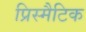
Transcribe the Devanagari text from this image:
प्रिस्मैटिक